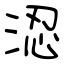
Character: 涊